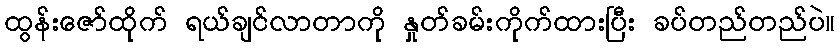
ထွန်းဇော်ထိုက် ရယ်ချင်လာတာကို နှုတ်ခမ်းကိုက်ထားပြီး ခပ်တည်တည်ပဲ။